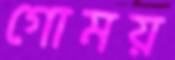
গোময়